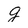
Character: g